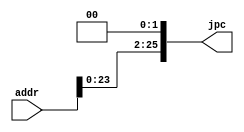
`timescale 1ns / 1ps
//////////////////////////////////////////////////////////////////////////////////
// Company: 
// Engineer: 
// 
// Design Name: 
// Module Name: ID_addrLS
// Project Name: 
// Target Devices: 
// Tool Versions: 
// Description: 
// 
// Dependencies: 
// 
// Revision:
// Revision 0.01 - File Created
// Additional Comments:
// 
//////////////////////////////////////////////////////////////////////////////////


module ID_addrLS(
    input [25:0] addr,
    output reg [25:0] jpc
    );
    always @ (*)
        begin
            jpc = addr << 2;
        end
endmodule